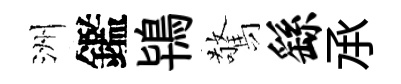
洲鑑鴇驚繇𠄘